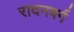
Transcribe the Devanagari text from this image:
रादनबर्ग